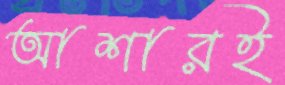
আশারই